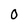
Character: 0